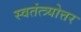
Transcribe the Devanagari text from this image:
स्वतंत्त्र्योत्तर